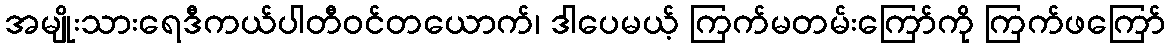
အမျိုးသားရေဒီကယ်ပါတီဝင်တယောက်၊ ဒါပေမယ့် ကြက်မတမ်းကြော်ကို ကြက်ဖကြော်